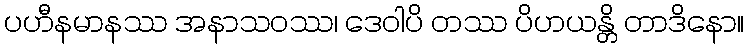
ပဟီနမာနဿ အနာသဝဿ၊ ဒေဝါပိ တဿ ပိဟယန္တိ တာဒိနော။